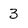
Character: 3